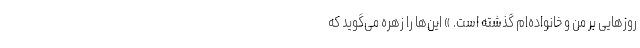
روز‌هایی بر من و خانواده‌ام گذشته است. » این‌ها را زهره می‌گوید که